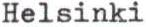
Helsinki